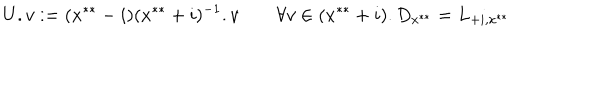
U . v : = ( x ^ { * * } - i ) ( x ^ { * * } + i ) ^ { - 1 } . v \qquad \forall v \in ( x ^ { * * } + i ) . D _ { x ^ { * * } } = L _ { + i , x ^ { * * } }